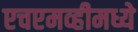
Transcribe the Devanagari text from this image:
एचएमव्हीमध्ये